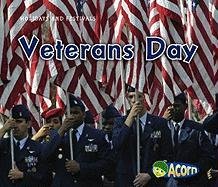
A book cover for Veterans Day (Holidays and Festivals); Rebecca Rissman; Children's Books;